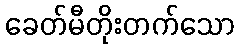
ခေတ်မီတိုးတက်သော